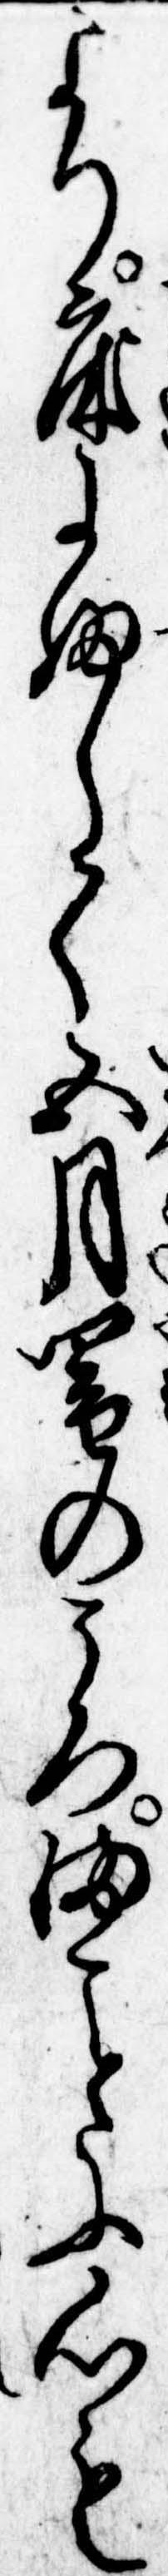
より床にふして五月闇のころまに心も